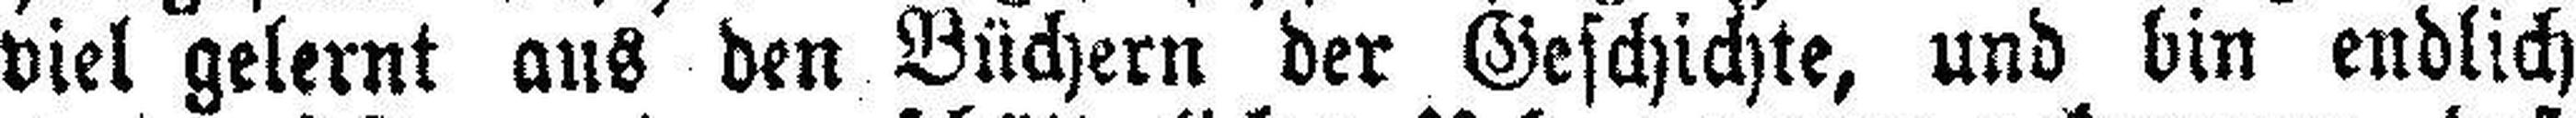
viel gelernt aus den Büchern der Geschichte, und bin endlich